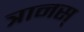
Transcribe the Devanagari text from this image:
त्रानस्